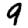
Digit: 9